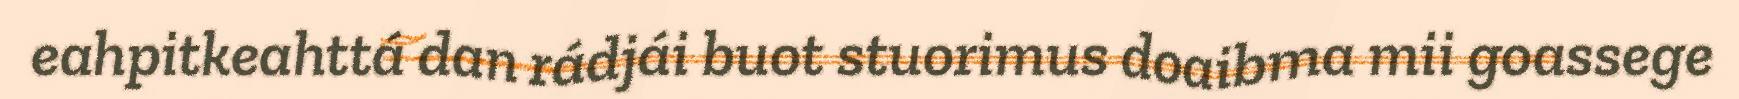
eahpitkeahttá dan rádjái buot stuorimus doaibma mii goassege